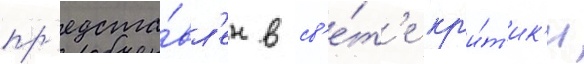
пр'едста́вл'ен в св'е́т'е кр'и́т'ик'и